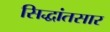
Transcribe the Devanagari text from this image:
सिद्धांतसार